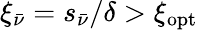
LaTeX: \xi_{\bar{\nu}}=s_{\bar{\nu}}/\delta>\xi_{\mathrm{opt}}